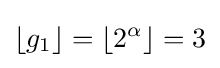
\left\lfloor g_{1}\right\rfloor =\left\lfloor 2^{\alpha }\right\rfloor =3